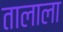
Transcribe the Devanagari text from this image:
तालाला